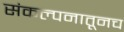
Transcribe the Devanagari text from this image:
संकल्पनातूनच